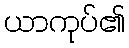
ယာကုပ်၏